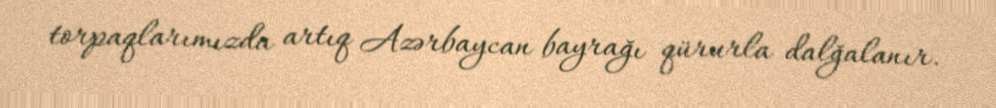
torpaqlarımızda artıq Azərbaycan bayrağı qürurla dalğalanır.